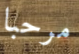
مرحبا